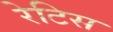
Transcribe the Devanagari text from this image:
रेटिस